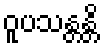
ဝူပသန္တန္တိ